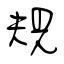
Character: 規